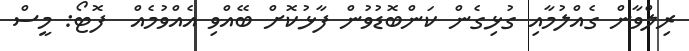
ރިލްވާން ގެއްލުމާއި ގުޅިގެން ކަންބޮޑުވުން ފާޅުކޮށް ބޭއްވި އެއްވުމެއް  ފޮޓޯ: މީސް